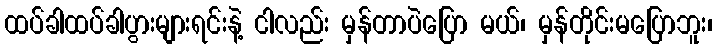
ထပ်ခါထပ်ခါပွားများရင်းနဲ့ ငါလည်း မှန်တာပဲပြော မယ်၊ မှန်တိုင်းမပြောဘူး၊